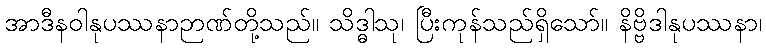
အာဒီနဝါနုပဿနာဉာဏ်တို့သည်။ သိဒ္ဓါသု၊ ပြီးကုန်သည်ရှိသော်။ နိဗ္ဗိဒါနုပဿနာ၊